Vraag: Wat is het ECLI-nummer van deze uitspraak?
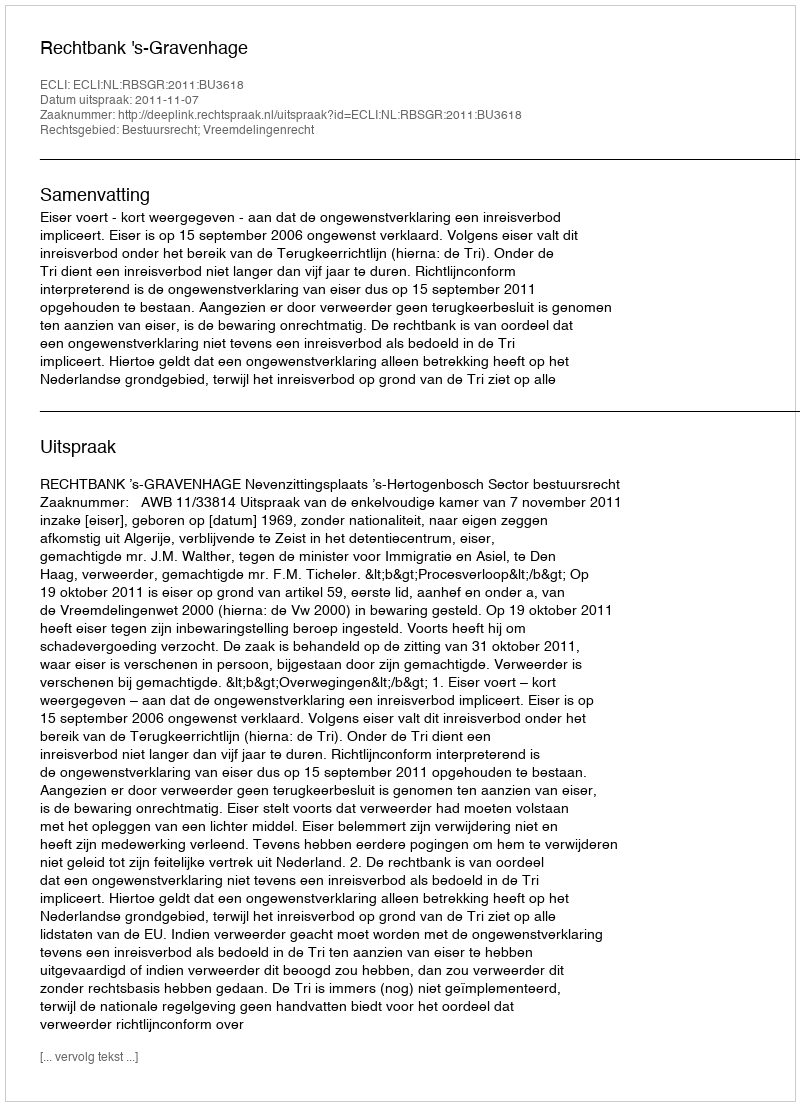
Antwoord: ECLI:NL:RBSGR:2011:BU3618